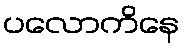
ပလောကိနေ